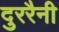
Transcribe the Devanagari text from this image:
दुररैनी